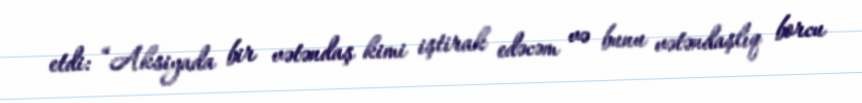
etdi: “Aksiyada bir vətəndaş kimi iştirak edəcəm və bunu vətəndaşlıq borcu